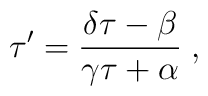
\tau^{\prime}=\frac{\delta\tau-\beta}{\gamma\tau+\alpha}\; ,